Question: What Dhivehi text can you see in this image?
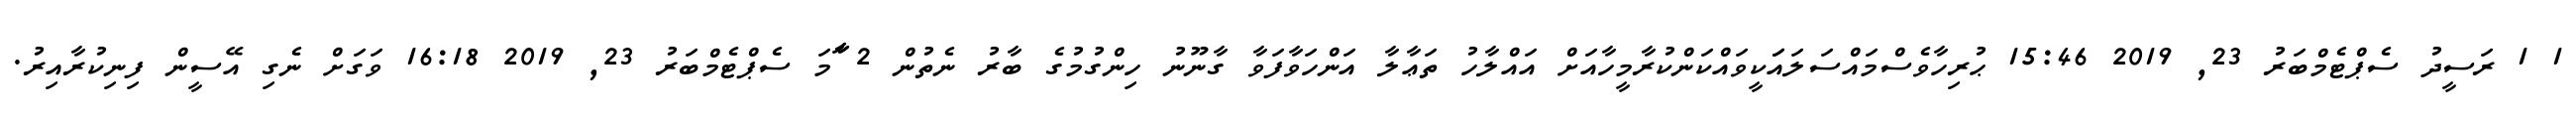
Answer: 1 1 ރަސީދު ސެޕްޓެމްބަރު 23, 2019 15:46 ޙުރިހާވެސްމައްސަލައަަކީވައްކަންކުރާމީހާއަށް އައްލާހު ތަޢާލާ އަންހަވާފަވާ ގާނޫނު ހިންގުމުގެ ބާރު ނެތުން 2 ާަާމަ ސެޕްޓެމްބަރު 23, 2019 16:18 ވަގަށް ނެގި އޭސީން ފިނިކުރާއިރު.